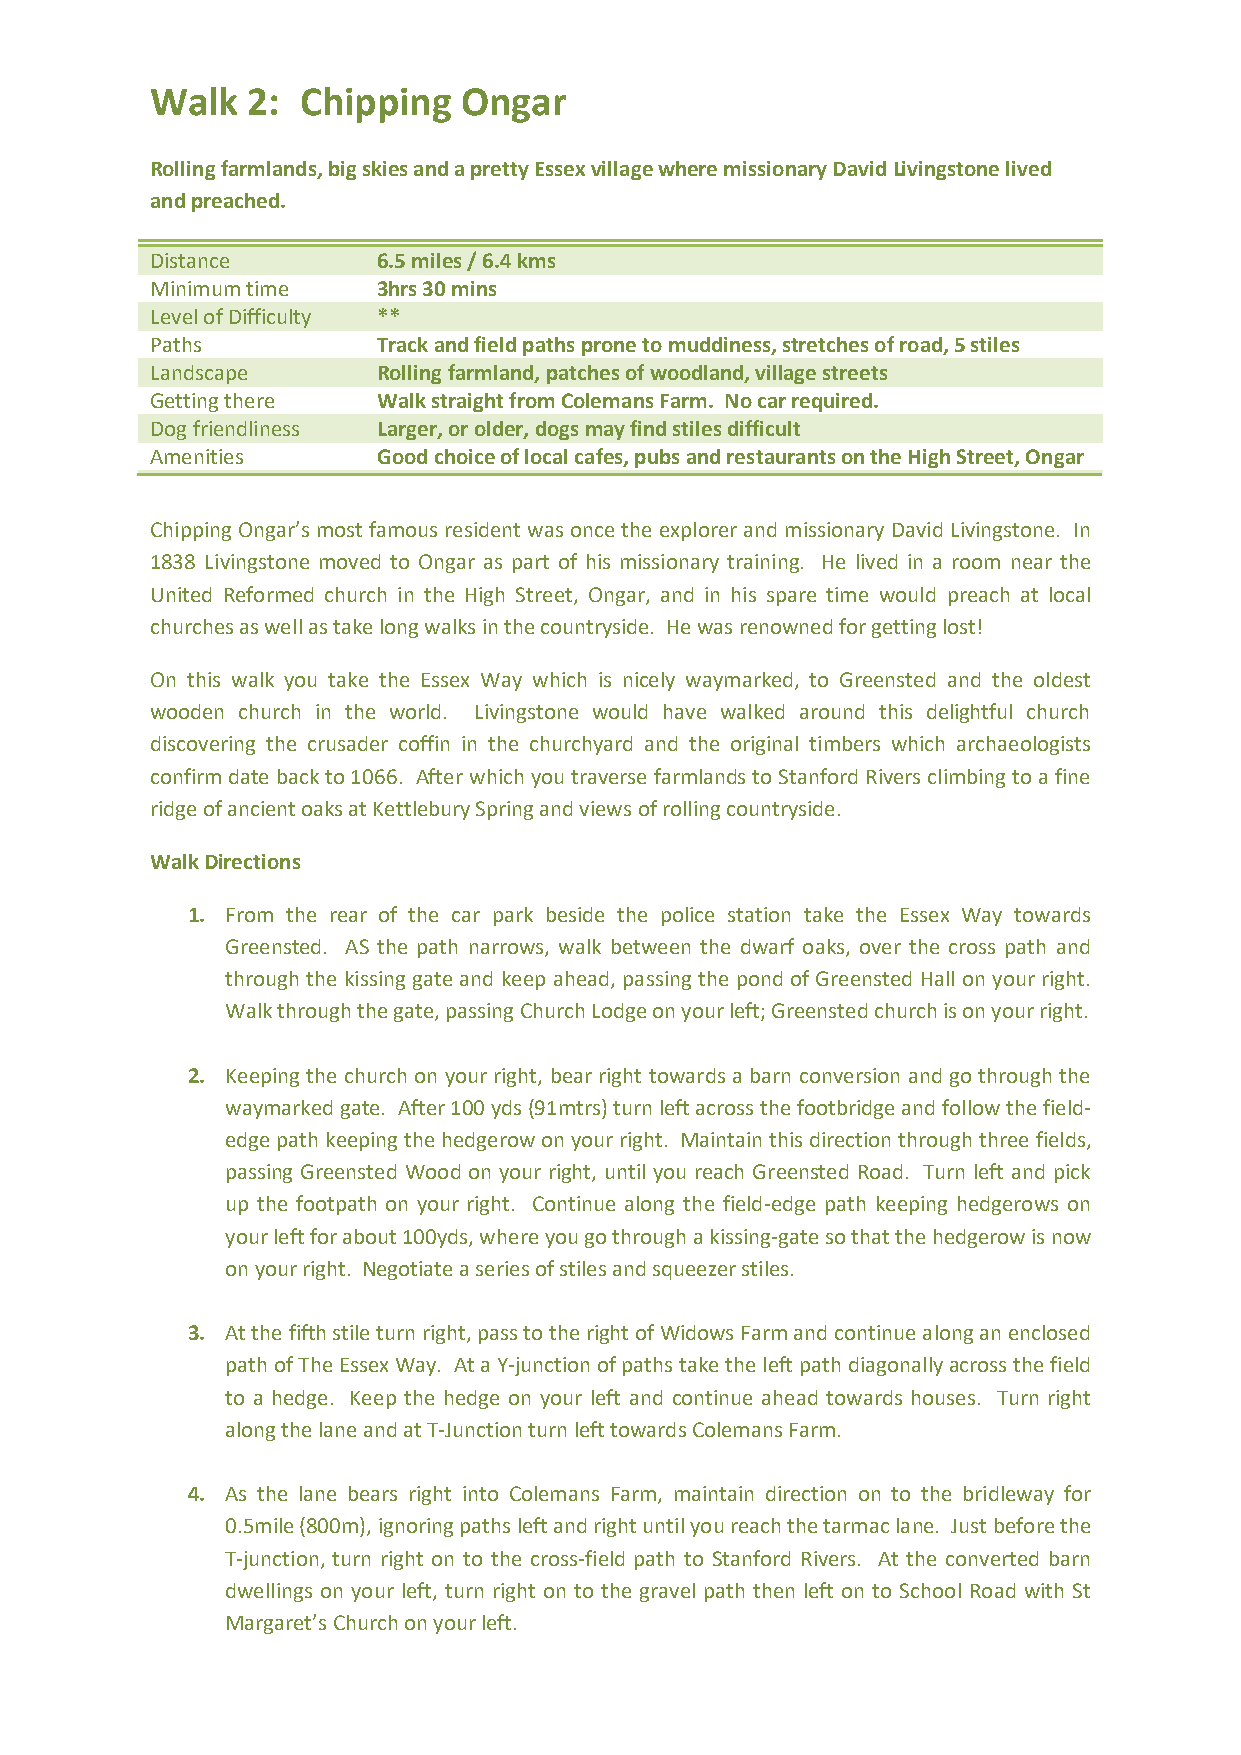
Walk  2:  Chipping   Ongar
 Rolling farmlands, big skies and a pretty Essex village where missionary David Livingstone lived
 and preached.
 Distance       6.5 miles / 6.4 kms
 Minimum time   3hrs 30 mins
 Level of Difficulty **
 Paths          Track and field paths prone to muddiness, stretches of road, 5 stiles
 Landscape      Rolling farmland, patches of woodland, village streets
 Getting there  Walk straight from Colemans Farm. No car required.
 Dog friendliness Larger, or older, dogs may find stiles difficult
 Amenities      Good choice of local cafes, pubs and restaurants on the High Street, Ongar
 Chipping Ongar’s most famous resident was once the explorer and missionary David Livingstone. In
 1838 Livingstone moved to Ongar as part of his missionary training. He lived in a room near the
 United Reformed church in the High Street, Ongar, and in his spare time would preach at local
 churches as well as take long walks in the countryside. He was renowned for getting lost!
 On this walk you take the Essex Way which is nicely waymarked, to Greensted and the oldest
 wooden church in the world. Livingstone would have walked around this delightful church
 discovering the crusader coffin in the churchyard and the original timbers which archaeologists
 confirm date back to 1066. After which you traverse farmlands to Stanford Rivers climbing to a fine
 ridge of ancient oaks at Kettlebury Spring and views of rolling countryside.
 Walk Directions
 1. From the rear of the car park beside the police station take the Essex Way towards
 Greensted. AS the path narrows, walk between the dwarf oaks, over the cross path and
 through the kissing gate and keep ahead, passing the pond of Greensted Hall on your right.
 Walk through the gate, passing Church Lodge on your left; Greensted church is on your right.
 2. Keeping the church on your right, bear right towards a barn conversion and go through the
 waymarked gate. After 100 yds (91mtrs) turn left across the footbridge and follow the field-
 edge path keeping the hedgerow on your right. Maintain this direction through three fields,
 passing Greensted Wood on your right, until you reach Greensted Road. Turn left and pick
 up the footpath on your right. Continue along the field-edge path keeping hedgerows on
 your left for about 100yds, where you go through a kissing-gate so that the hedgerow is now
 on your right. Negotiate a series of stiles and squeezer stiles.
 3. At the fifth stile turn right, pass to the right of Widows Farm and continue along an enclosed
 path of The Essex Way. At a Y-junction of paths take the left path diagonally across the field
 to a hedge. Keep the hedge on your left and continue ahead towards houses. Turn right
 along the lane and at T-Junction turn left towards Colemans Farm.
 4. As the lane bears right into Colemans Farm, maintain direction on to the bridleway for
 0.5mile (800m), ignoring paths left and right until you reach the tarmac lane. Just before the
 T-junction, turn right on to the cross-field path to Stanford Rivers. At the converted barn
 dwellings on your left, turn right on to the gravel path then left on to School Road with St
 Margaret’s Church on your left.